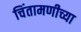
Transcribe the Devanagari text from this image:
चिंतामणीच्या